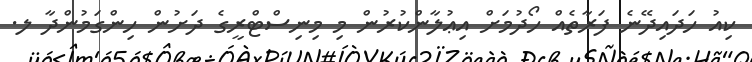
ކިއު ހަދައިދޭނެ ފަރާތެއް ހޯދުމަށް އިޢުލާންކުރުން މި މިނިސްޓްރީގެ ދަށުން ހިންގަމުންދާ ލ.